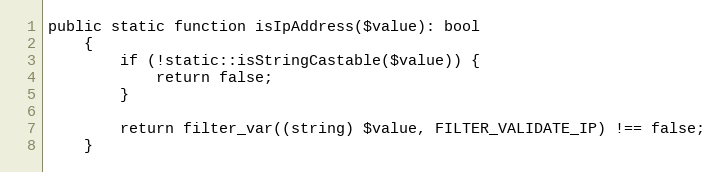
Language: PHP
public static function isIpAddress($value): bool
    {
        if (!static::isStringCastable($value)) {
            return false;
        }

        return filter_var((string) $value, FILTER_VALIDATE_IP) !== false;
    }